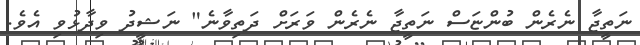
ނަތީޖާ ނެރެން ބުންޏަސް ނަތީޖާ ނެރެން ވަރަށް ދަތިވާނެ" ނަޝީދު ވިދާޅުވި އެވެ.